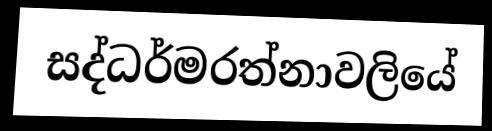
සද්ධර්මරත්නාවලියේ